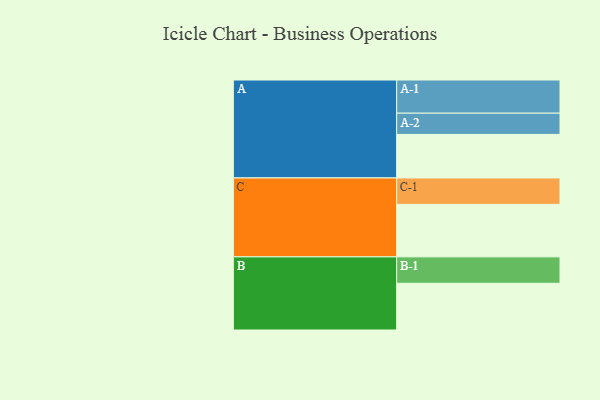
{"axis": {"x": "Segment", "y": "Value"}, "legend": ["", "A", "B", "C"], "data": [{"x": "A", "y": 386, "type": ""}, {"x": "B", "y": 414, "type": ""}, {"x": "C", "y": 465, "type": ""}, {"x": "A-1", "y": 294, "type": "A"}, {"x": "A-2", "y": 188, "type": "A"}, {"x": "B-1", "y": 234, "type": "B"}, {"x": "C-1", "y": 234, "type": "C"}]}